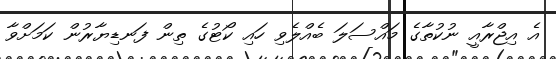
އެ އިޖްރާއީ ނުކުތާގެ މައްސަލަ ބެއްލެވި ހައި ކޯޓުގެ ތިން ފަނޑިޔާރުން ކަމަށްވާ